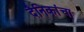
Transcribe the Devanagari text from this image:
दैनिकांचा